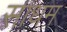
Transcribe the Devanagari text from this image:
साधम